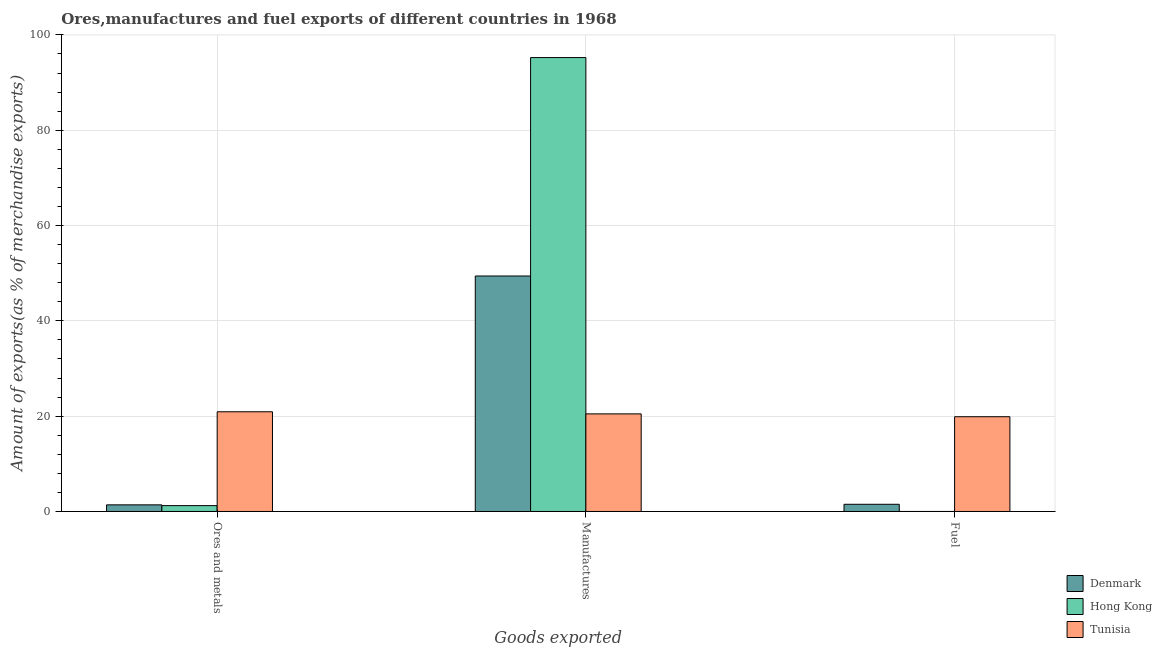
| Goods exported | Denmark | Hong Kong | Tunisia |
 | --- | --- | --- | --- |
 | Ores and metals | 1.39 | 1.23 | 20.9 |
 | Manufactures | 49.4 | 95.2 | 20.5 |
 | Fuel | 1.51 | 3.69e-05 | 19.9 |